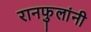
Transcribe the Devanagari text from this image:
रानफुलांनी